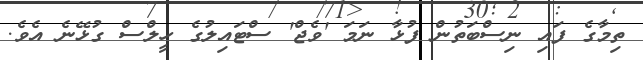
ތިމާގެ ފައި ނިސްބަތުން ފުޅާ ނަމަ 'ވެޖް' ސްޓައިލުގެ ހީލްސް ގުޅޭނެ އެވެ.